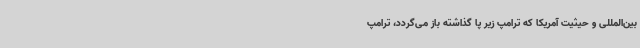
بین‌المللی و حیثیت آمریکا که ترامپ زیر پا گذاشته باز می‌گردد، ترامپ